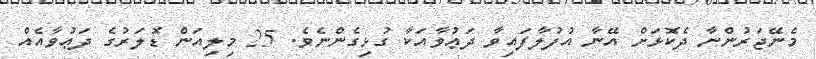
މެނޭޖަރުންނާ ދެކޮޅަށް އޭނާ އުފުލާފައިވާ ދަޢުވާއަކާ ގުޅިގެންނެވެ. 25 މިލިއަން ޑޮލަރުގެ ދަޢުވާއެއް